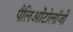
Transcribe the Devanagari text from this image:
पैलिओंटोलॉजी